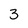
Character: 3